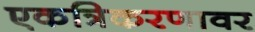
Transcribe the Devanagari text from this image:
एकत्रिकरणावर